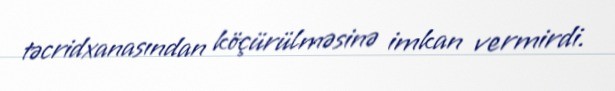
təcridxanasından köçürülməsinə imkan vermirdi.